Annual administration report of the Bombay Presidency - 1887-1892
Year: 1887
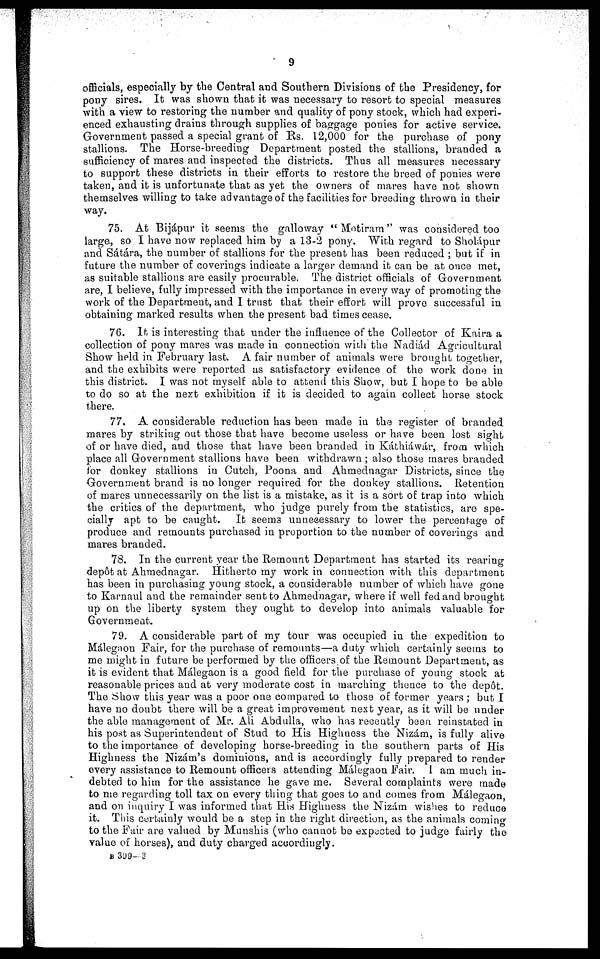
9
officials, especially by the Central and Southern Divisions of the Presidency, for
pony sires. It was shown that it was necessary to resort to special measures
with a view to restoring the number and quality of pony stock, which had experi-
enced exhausting drains through supplies of baggage ponies for active service.
Government passed a special grant of Rs. 12,000 for the purchase of pony
stallions. The Horse-breeding Department posted the stallions, branded a
sufficiency of mares and inspected the districts. Thus all measures necessary
to support these districts in their efforts to restore the breed of ponies were
taken, and it is unfortunate that as yet the owners of mares have not shown
themselves willing to take advantage of the facilities for breeding thrown in their
way.
75. At Bijápur it seems the galloway "Motiram" was considered too
large, so I have now replaced him by a 13-2 pony. With regard to Sholápur
and Sátára, the number of stallions for the present has been reduced; but if in
future the number of coverings indicate a larger demand it can be at once met,
as suitable stallions are easily procurable. The district officials of Government
are, I believe, fully impressed with the importance in every way of promoting the
work of the Department, and I trust that their effort will prove successful in
obtaining marked results when the present bad times cease.
76. It is interesting that under the influence of the Collector of Kaira a
collection of pony mares was made in connection with the Nadiád Agricultural
Show held in February last. A fair number of animals were brought together,
and the exhibits were reported as satisfactory evidence of the work done in
this district. I was not myself able to attend this Show, but I hope to be able
to do so at the next exhibition if it is decided to again collect horse stock
there.
77. A considerable reduction has been made in the register of branded
mares by striking out those that have become useless or have been lost sight
of or have died, and those that have been branded in Káthiáwár, from which
place all Government stallions have been withdrawn; also those mares branded
for donkey stallions in Cutch, Poona and Ahmednagar Districts, since the
Government brand is no longer required for the donkey stallions. Retention
of mares unnecessarily on the list is a mistake, as it is a sort of trap into which
the critics of the department, who judge purely from the statistics, are spe-
cially apt to be caught. It seems unnecessary to lower the percentage of
produce and remounts purchased in proportion to the number of coverings and
mares branded.
78. In the current year the Remount Department has started its rearing
dep6t at Ahmednagar. Hitherto my work in connection with this department
has been in purchasing young stock, a considerable number of which have gone
to Karnaul and the remainder sent to Ahmednagar, where if well fed and brought
up on the liberty system they ought to develop into animals valuable for
Government.
79. A considerable part of my tour was occupied in the expedition to
Málegaon Fair, for the purchase of remounts—a duty which certainly seems to
me might in future be performed by the officers of the Remount Department, as
it is evident that Málegaon is a good field for the purchase of young stock at
reasonable prices and at very moderate cost in marching thence to the depôt.
The Show this year was a poor one compared to those of former years; but I
have no doubt there will be a great improvement next year, as it will be under
the able management of Mr. Ali Abdulla, who has recently been reinstated in
his post as Superintendent of Stud to His Highness the Nizám, is fully alive
to the importance of developing horse-breeding in the southern parts of His
Highness the Nizám's dominions, and is accordingly fully prepared to render
every assistance to Remount officers attending Málegaon Fair. I am much in-
debted to him for the assistance he gave me. Several complaints were made
to me regarding toll tax on every thing that goes to and comes from Málegaon,
and on inquiry I was informed that His Highness the Nizám wishes to reduce
it. This certainly would be a step in the right direction, as the animals coming
to the Fair are valued by Munshis (who cannot be expected to judge fairly the
value of horses), and duty charged accordingly.
B 399-3